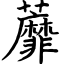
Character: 蘼